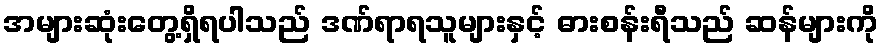
အများဆုံးတွေ့ရှိရပါသည် ဒဏ်ရာရသူများနှင့် ဓားစန်းရီသည် ဆန်များကို